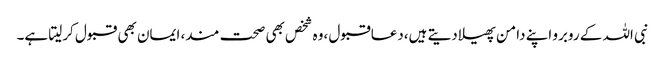
نبی اللہ کے روبرو اپنے دامن پھیلادیتے ہیں،دعاقبول ،وہ شخص بھی صحت مند، ایمان بھی قبول کرلیتا ہے۔